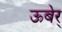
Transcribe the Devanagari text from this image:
ऊबेर्